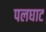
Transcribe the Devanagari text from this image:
पलघाट